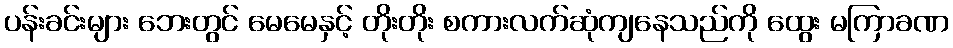
ပန်းခင်းများ ဘေးတွင် မေမေနှင့် တိုးတိုး စကားလက်ဆုံကျနေသည်ကို ထွေး မကြာခဏ